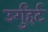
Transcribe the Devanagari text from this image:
उर्गुंहर्ट